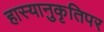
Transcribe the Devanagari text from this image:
हास्यानुकृतिपर